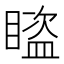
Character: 𥋕